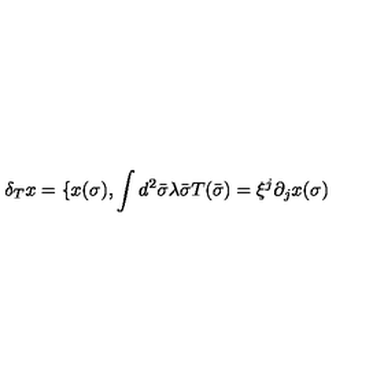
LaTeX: \delta _ { T } x = \{ x ( \sigma ) , \int { } d ^ { 2 } \bar { \sigma } \lambda \bar { \sigma } T ( \bar { \sigma } ) = \xi ^ { j } \partial _ { j } x ( \sigma )